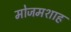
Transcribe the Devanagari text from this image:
मोजमशाह